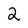
Character: 2